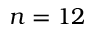
n = 1 2